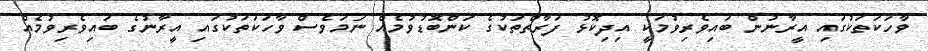
ވާހަކަތަކުގައި އީރާނުން ބައިވެރިވުމަކީ އިދިކޮޅު ފަރާތްތަކުގެ ކަންބޮޑުވުމެއް ނަމަވެސް ވާހަކަތަކުގައި އީރާނުގެ ބައިވެރިވުމެއް